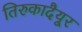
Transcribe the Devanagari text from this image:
तिरुकादैयूर